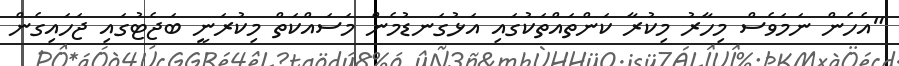
"އެހެން ނަމަވެސް މިހާރު މިކުރާ ކަންތައްތަކުގައި އަޅުގަނޑުމެން މަސައްކަތް މިކުރަނީ ބަޖެޓުގައި ޖަހައިގެން